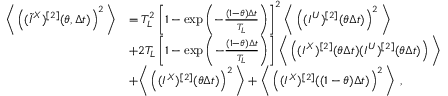
\begin{array} { r l } { \bigg \langle \left( ( \widetilde { I } ^ { X } ) ^ { [ 2 ] } ( \theta , \Delta t ) \right) ^ { 2 } \bigg \rangle } & { = T _ { L } ^ { 2 } \left[ 1 - \exp \left( - \frac { ( 1 - \theta ) \Delta t } { T _ { L } } \right) \right] ^ { 2 } \bigg \langle \left( ( I ^ { U } ) ^ { [ 2 ] } ( \theta \Delta t ) \right) ^ { 2 } \bigg \rangle } \\ & { + 2 T _ { L } \left[ 1 - \exp \left( - \frac { ( 1 - \theta ) \Delta t } { T _ { L } } \right) \right] \bigg \langle \left( ( I ^ { X } ) ^ { [ 2 ] } ( \theta \Delta t ) ( I ^ { U } ) ^ { [ 2 ] } ( \theta \Delta t ) \right) \bigg \rangle } \\ & { + \bigg \langle \left( ( I ^ { X } ) ^ { [ 2 ] } ( \theta \Delta t ) \right) ^ { 2 } \bigg \rangle + \bigg \langle \left( ( I ^ { X } ) ^ { [ 2 ] } ( ( 1 - \theta ) \Delta t ) \right) ^ { 2 } \bigg \rangle ~ , } \end{array}